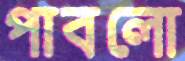
পাবলো